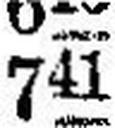
741